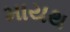
માયથ